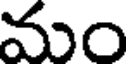
మం